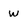
Character: w